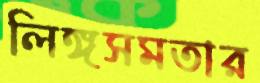
লিঙ্গসমতার